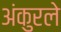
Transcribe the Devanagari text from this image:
अंकुरले